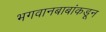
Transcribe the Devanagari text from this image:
भगवानबाबांकडून